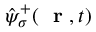
\hat { \psi } _ { \sigma } ^ { + } ( \mathrm { ~ \bf ~ r ~ } , t )